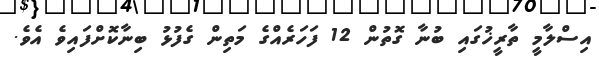
އިސްލާމީ ތާރީޚުގައި ބުނާ ގޮތުން 12 ފަހަރެއްގެ މަތިން ގެފުޅު ބިނާކޮށްފައިވެ އެވެ.